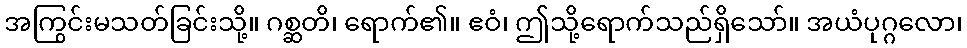
အကြွင်းမသတ်ခြင်းသို့။ ဂစ္ဆတိ၊ ရောက်၏။ ဧဝံ၊ ဤသို့ရောက်သည်ရှိသော်။ အယံပုဂ္ဂလော၊